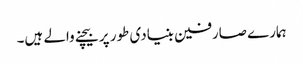
ہمارے صارفین بنیادی طور پر بیچنے والے ہیں۔